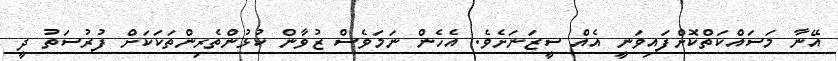
އޭނާ މަސައްކަތްކޮށްފައިވަނީ އެއް ސީޒަނަށެވެ. އެހެން ނަމަވެސް ޒުވާން ކުޅުންތެރިންތަކަކަށް ފުރުސަތު ދީ